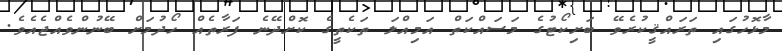
މާޅޮހުގައި ތަރައްޤީކުރެވޭ ބަށިކޯޓުގެ މަސައްކަތް އަމިއްލަ ތަކެތީގެ ކޮށްދޭނެ ފަރާތެއް ހޯދުމަށް ބޭނުންވެއްޖެއެވެ.